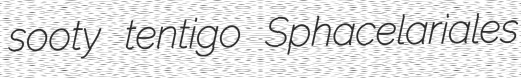
sooty tentigo Sphacelariales